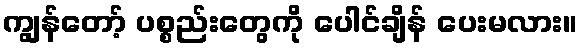
ကျွန်တော့် ပစ္စည်းတွေကို ပေါင်ချိန် ပေးမလား။